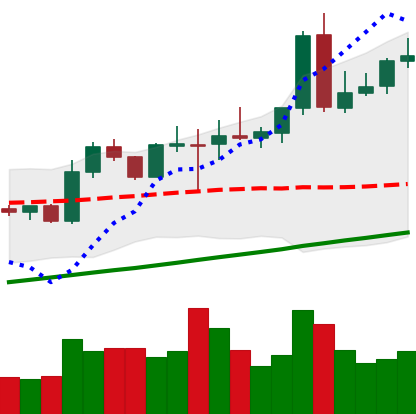
Ticker: NEO-USD
Chart end date: 2020-08-06
Forward return: 5.644%
Label: up_5_7